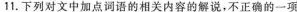
11.下列对文中加点词语的相关内容的解说，不正确的一项